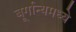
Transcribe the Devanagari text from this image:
बूर्गान्यमध्ये